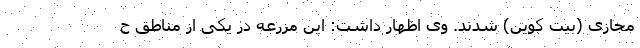
مجازی (بیت کوین) شدند. وی اظهار داشت: این مزرعه در یکی از مناطق ح